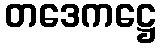
တဒေကဋ္ဌေ